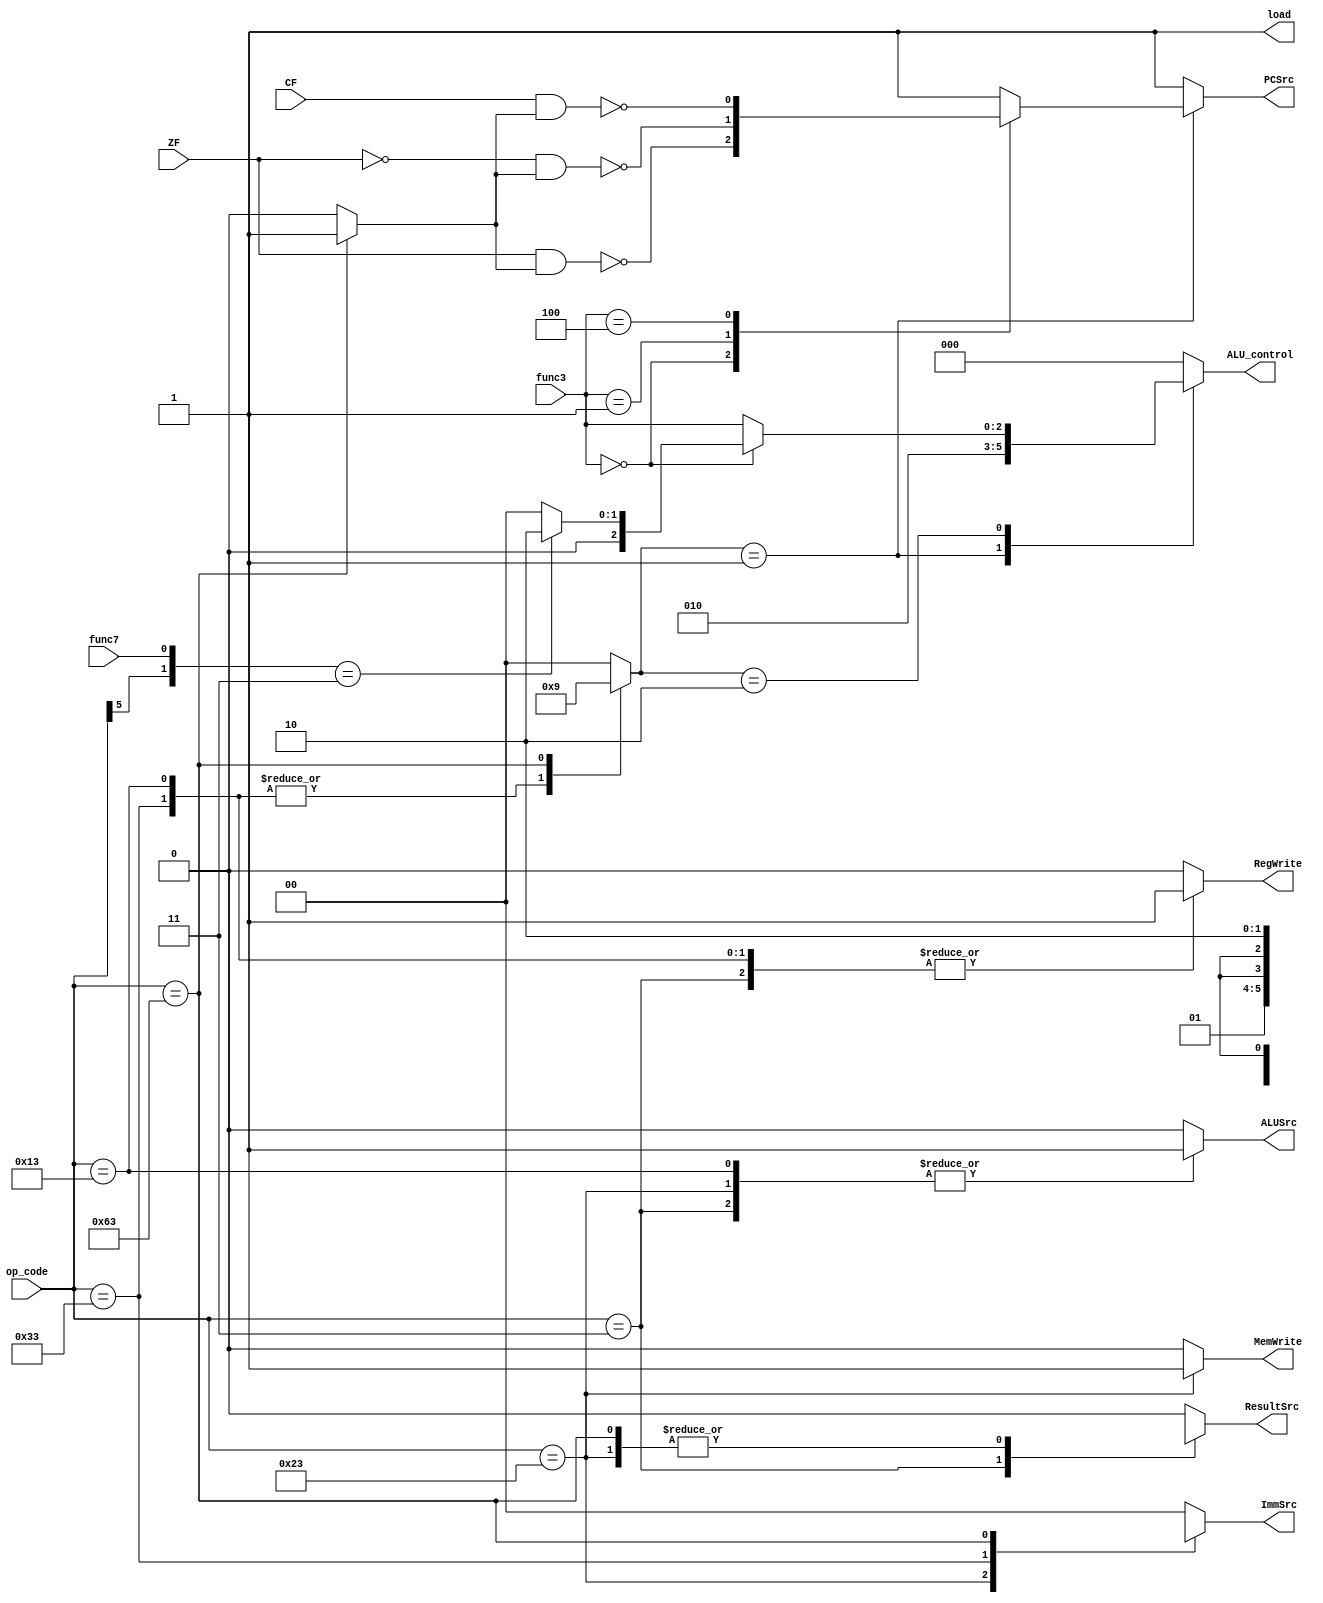
module control_unit(
	input [6:0]op_code,
	input [2:0]func3,
	input ZF, CF, func7,
	output load,
	output reg ResultSrc, MemWrite, ALUSrc, RegWrite, PCSrc, 
	output reg [2:0]ALU_control,
	output reg [1:0]ImmSrc
);
	reg branch;
	reg [1:0]ALUOP;
	
	assign load = 1;
	
	always @(*)
	begin
		case(op_code)
			7'b000_0011: begin
			RegWrite = 1;
			ImmSrc = 2'b00;
			ALUSrc = 1;
			MemWrite = 0;
			ResultSrc = 1;
			branch = 0;
			ALUOP = 2'b00;
			end
			
			7'b010_0011: begin
			RegWrite = 0;
			ImmSrc = 2'b01;
			ALUSrc = 1;
			MemWrite = 1;
			ResultSrc = 1'bx;
			branch = 0;
			ALUOP = 2'b00;
			end
			
			7'b011_0011: begin
			RegWrite = 1;
			ImmSrc = 2'bxx;
			ALUSrc = 0;
			MemWrite = 0;
			ResultSrc = 0;
			branch = 0;
			ALUOP = 2'b10;
			end
			
			7'b001_0011: begin
			RegWrite = 1;
			ImmSrc = 2'b00;
			ALUSrc = 1;
			MemWrite = 0;
			ResultSrc = 0;
			branch = 0;
			ALUOP = 2'b10;
			end
			
			7'b110_0011: begin
			RegWrite = 0;
			ImmSrc = 2'b10;
			ALUSrc = 0;
			MemWrite = 0;
			ResultSrc = 1'bx;
			branch = 1;
			ALUOP = 2'b01;
			end
			
			default: begin
			RegWrite = 0;
			ImmSrc = 2'b00;
			ALUSrc = 0;
			MemWrite = 0;
			ResultSrc = 0;
			branch = 0;
			ALUOP = 2'b00;
			end
		endcase
		
		case(ALUOP)
			2'b00: begin
			ALU_control = 3'b000;
			PCSrc = 1;
			end
			
			2'b01: begin
			ALU_control = 3'b010;
			case(func3)
				3'b000: PCSrc = !(ZF & branch);
				3'b001: PCSrc = !(~ZF & branch);
				3'b100: PCSrc = !(CF & branch);
				default: PCSrc = 1;
			endcase
			end
			
			2'b10: begin
			if(!func3) begin 
				if({op_code[5], func7} == 2'b11)
					ALU_control = 3'b010;
				else
					ALU_control = 3'b000;
			end
			else
				ALU_control = func3;
			PCSrc = 1;
			end
			
			default: begin
			ALU_control = 3'b000;
			PCSrc = 1;
			end
			
		endcase
	end
	
endmodule